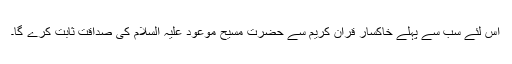
اس لئے سب سے پہلے خاکسار قرآن کریم سے حضرت مسیح موعود علیہ السلام کی صداقت ثابت کرے گا۔